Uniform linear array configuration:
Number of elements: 32
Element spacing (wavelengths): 0.5
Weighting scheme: exponential
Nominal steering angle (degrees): -30
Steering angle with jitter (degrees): -29.239
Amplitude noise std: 0.05
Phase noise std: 0.05

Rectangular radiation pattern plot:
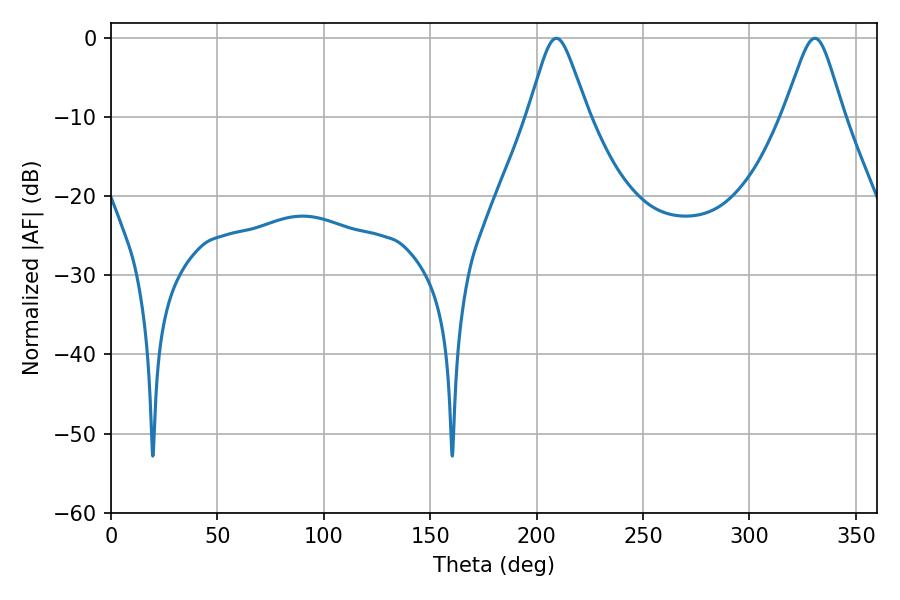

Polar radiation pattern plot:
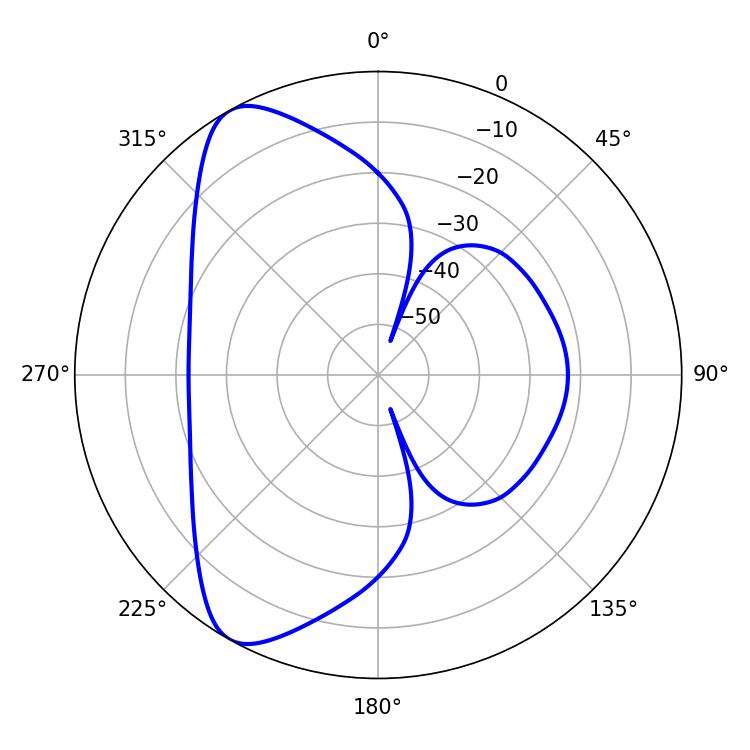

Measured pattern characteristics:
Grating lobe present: FALSE
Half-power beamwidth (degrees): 13.32
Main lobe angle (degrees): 209.34